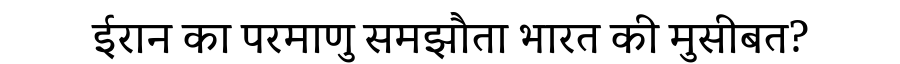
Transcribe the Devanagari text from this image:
ईरान का परमाणु समझौता भारत की मुसीबत?